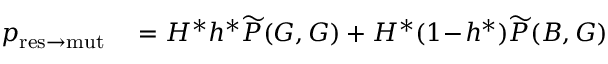
\begin{array} { r l } { p _ { \mathrm { r e s \to m u t } } } & { { } = H ^ { \ast } h ^ { \ast } \widetilde { P } ( G , G ) + H ^ { \ast } ( 1 \! - \! h ^ { \ast } ) \widetilde { P } ( B , G ) } \end{array}